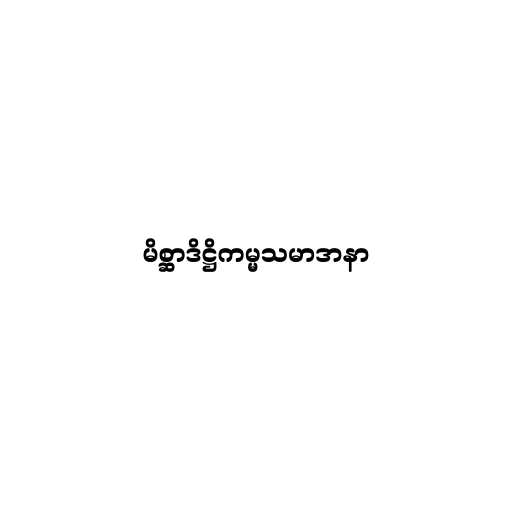
မိစ္ဆာဒိဋ္ဌိကမ္မသမာဒာနာ